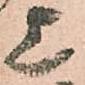
上